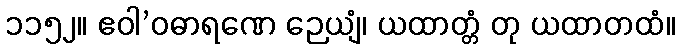
၁၁၅၂။ ဧဝါ’ဝဓာရဏေ ဉေယျံ၊ ယထာတ္တံ တု ယထာတထံ။